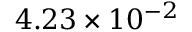
4 . 2 3 \times 1 0 ^ { - 2 }